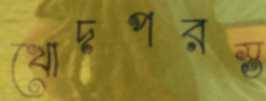
খোদপরস্ত